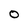
Character: 0